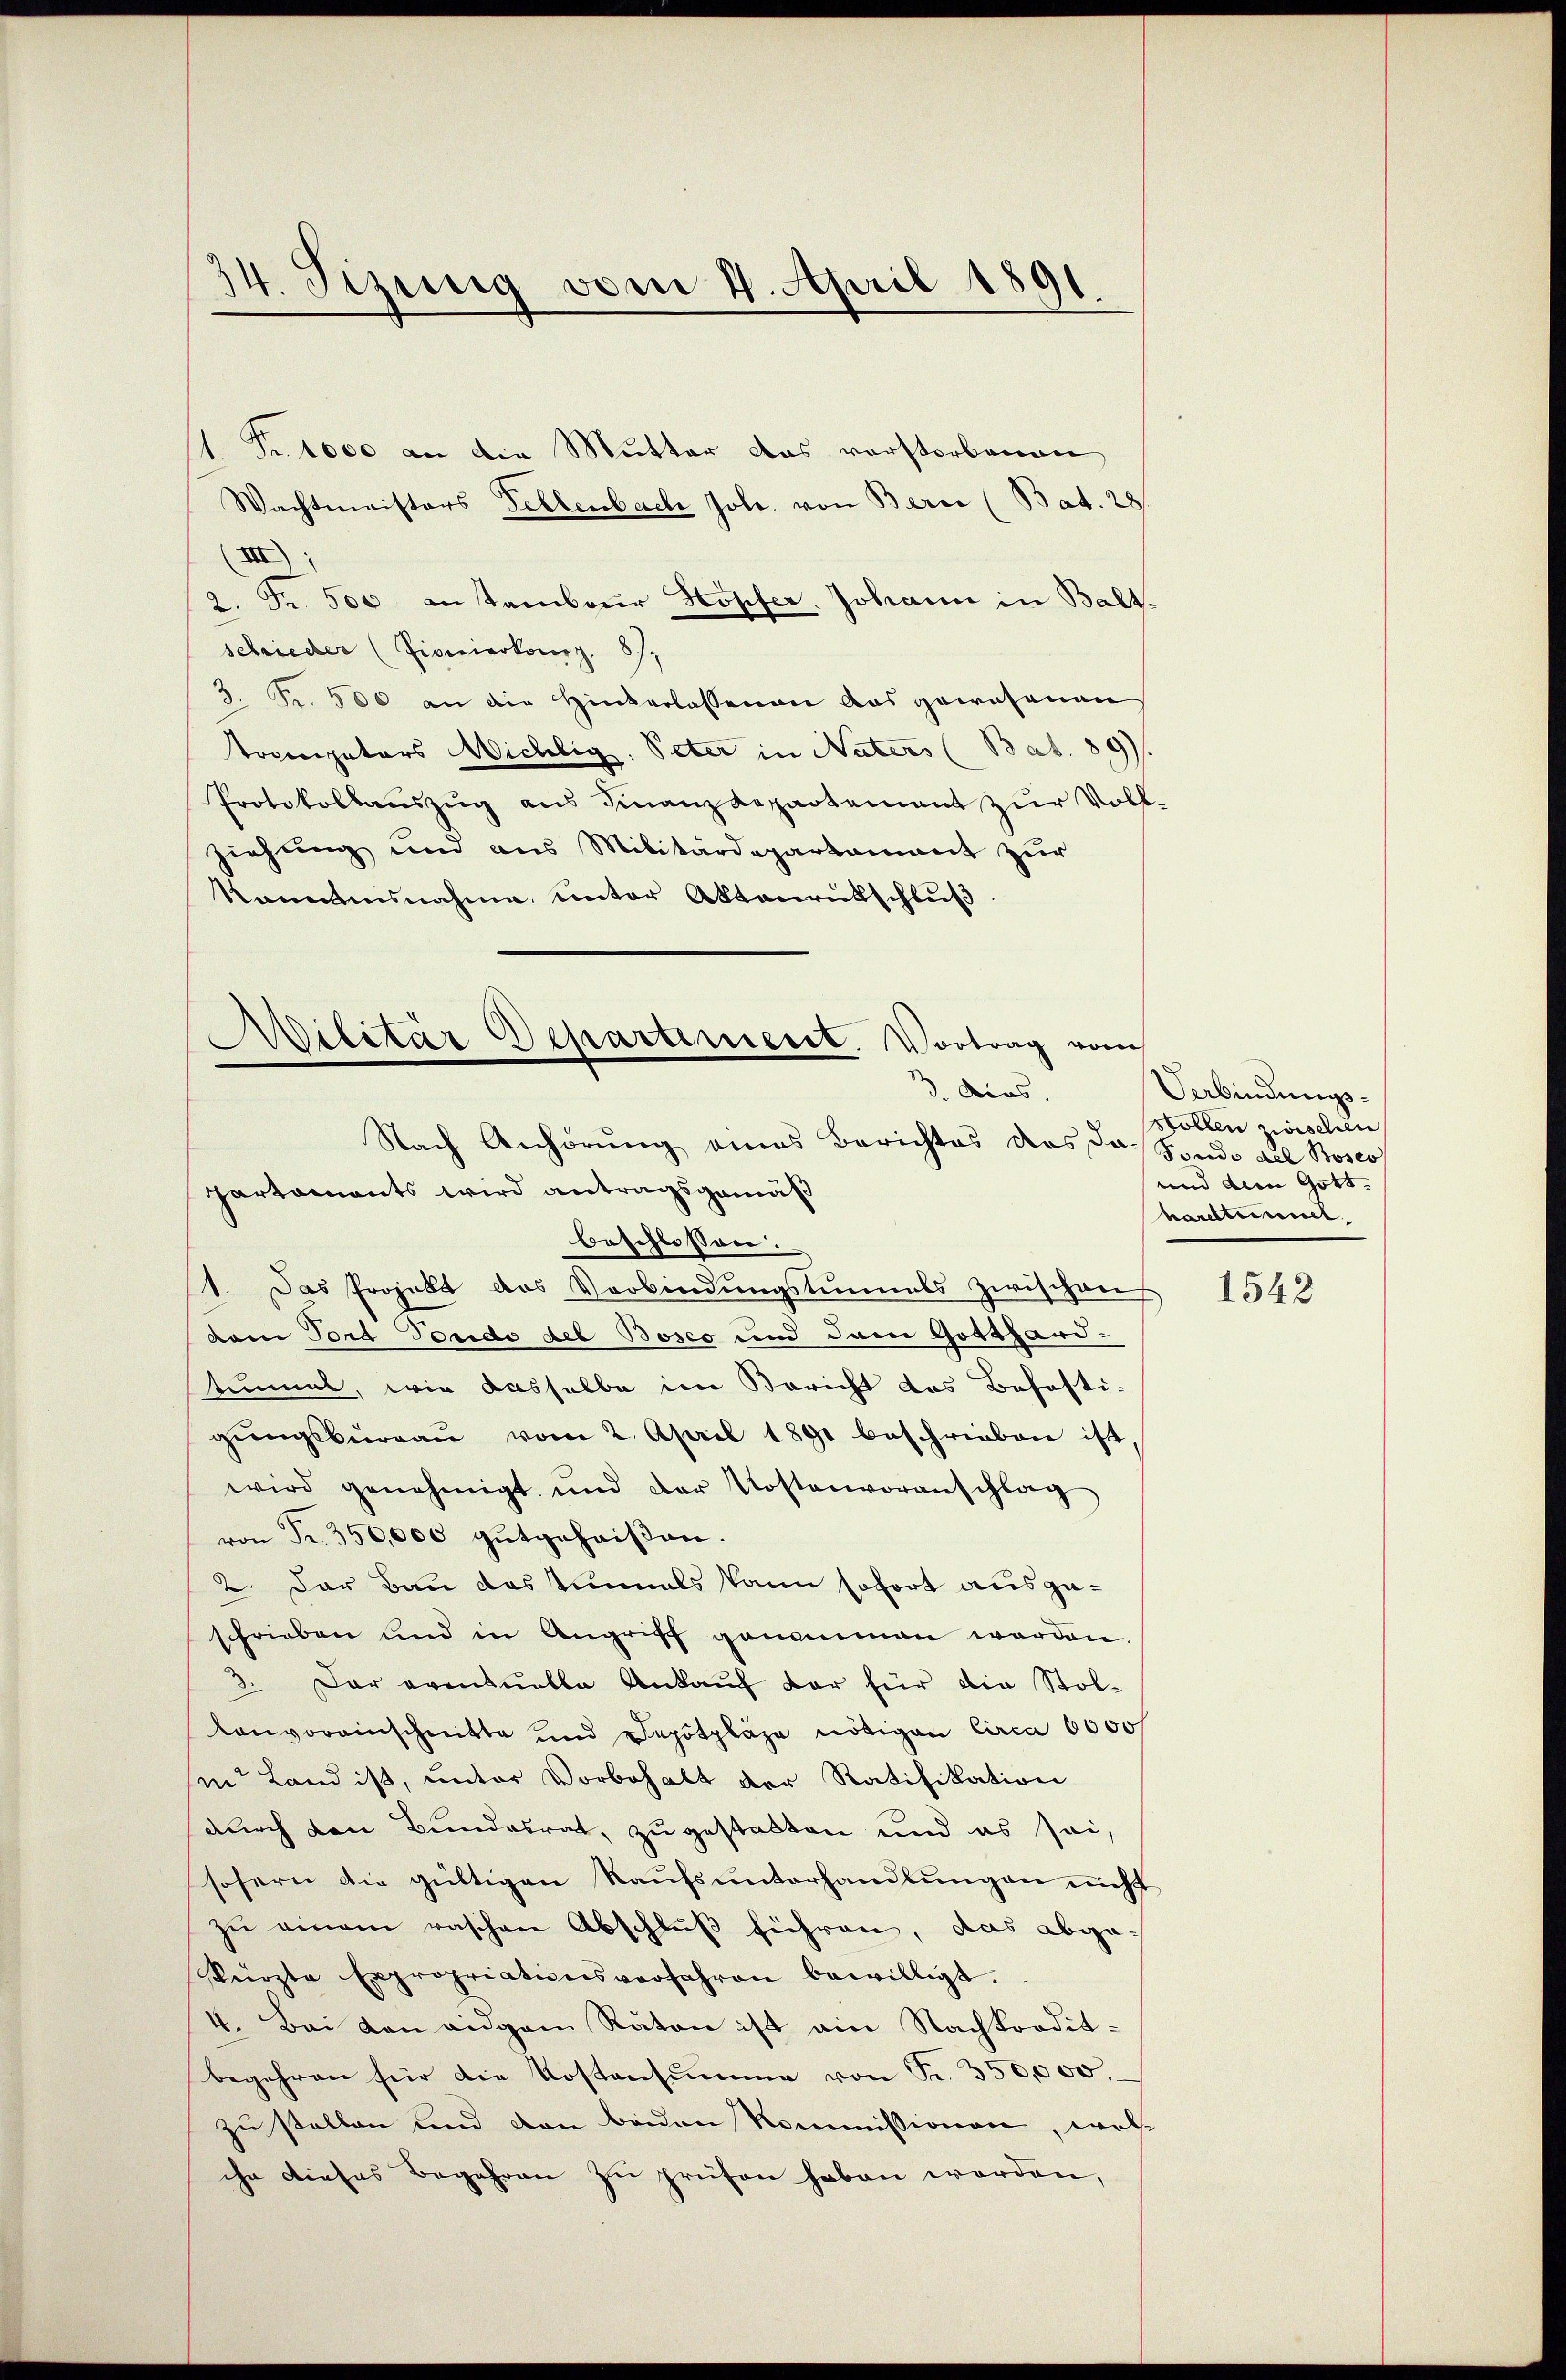
14. Tizung vom 14. April 1891.

1 Fr. 1000 an die Mutter das vorstorbenen
Wachtmeisters Fellenbach Joh. von Bern (Bat. 28
(III);
2. Fr. 500 anstanbaur Kopfer. Johann in Baltschieder (Piomerkamp. 87,
3. Fr. 500 an die Hinterlassenen aus gewesenen
trompetors Michlig. Peter in Naters (Bat. 89).
Protokollaŭszŭg aŭs Finanzdepartement zŭr Voll-
ziehung und aus Militärdepartament zur
komnesnahme unter Aktenrütschlŭβ
Nach Anhörung eines Berichtes das das Spudo all Bosco
partaments wird antragsgemäß
beschlossen:
1. Das Projekt das Verbindŭngstunnels zwischens
dem Fort Fondo des Bosco und dem Gotthard-
tinmal, wie dasselbe im Bericht das Befesti-
gŭngsbürgau vom 2. April 1891 beschrieben ist
wird genehmigt und der Kostenvoranschlag
von Fr. 350,000 gutgeheißen.
2. Der Bau das einmals kann sofort ausgeschrieben und in Angriff genommen worden.
3. Der eventuelle Ankaŭf dar für die Stol-
Lanvoreinschnitte und Depotpläge nötigen Circa 6000f
in Land ist, unter Vorbehalt der Ratifikation
durch den Bundesrat, zu gestatten und es sei,
sofern die gültigen Kaufsunterhandlungen nicht
zu einem raschen Abschluß führen, das abgekürzte Expropriationsverfahren bewilligt.
4. Bei dan aidgan Raten ist am Nachkorditbegehren für die Kostensumme von Fr. 350,000.
zu stellen und den beiden Kommissionen, wel
ihn dieses Begehren zu prüfen haben worden,

Militär Departement. Vortrag vom
n
d. Acas.

Verbindungsstollen zwischen
und dem Gott.
harestimmel.

1542